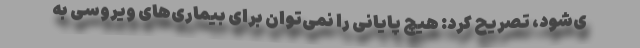
ی‌شود، تصریح کرد: هیچ پایانی را نمی‌توان برای بیماری‌های ویروسی به